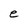
Character: e